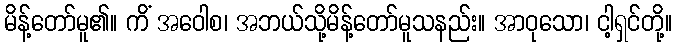
မိန့်တော်မူ၏။ ကိံ အဝေါစ၊ အဘယ်သို့မိန့်တော်မူသနည်း။ အာဝုသော၊ ငါ့ရှင်တို့။